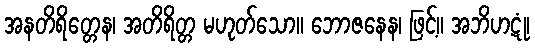
အနတိရိတ္တေန၊ အတိရိတ္တ မဟုတ်သော။ ဘောဇနေန၊ ဖြင့်။ အဘိဟဋုံ၊